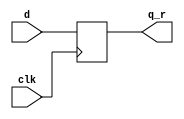
module enflop_one (
		   input clk,
		   input d,
		   output reg q_r
		   );
   always @(posedge clk) q_r <= d;
endmodule